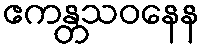
ဧကန္တသဝနေန